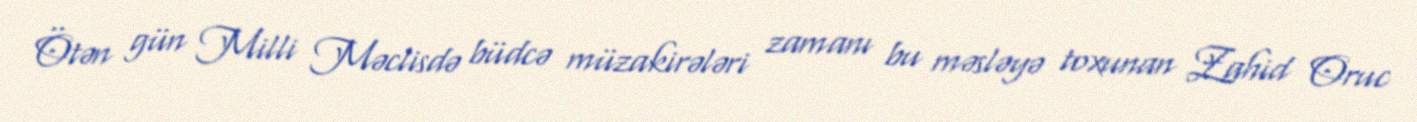
Ötən gün Milli Məclisdə büdcə müzakirələri zamanı bu məsləyə toxunan Zahid Oruc